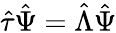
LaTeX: \hat{\tau}\hat{\Psi}=\hat{\Lambda}\hat{\Psi}